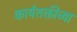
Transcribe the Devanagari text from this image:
कार्यशक्तीच्या